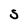
Character: S